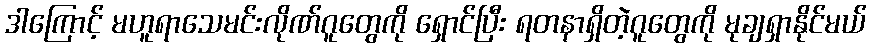
ဒါကြောင့် မဟူရာသေမင်းလိုဏ်ဂူတွေကို ရှောင်ပြီး ရတနာရှိတဲ့ဂူတွေကို မုချရှာနိုင်မယ်